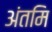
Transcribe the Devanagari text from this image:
अंतमि